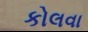
કોલવા